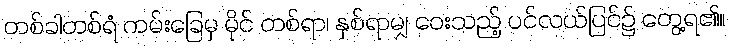
တစ်ခါတစ်ရံ ကမ်းခြေမှ မိုင် တစ်ရာ၊ နှစ်ရာမျှ ဝေးသည့် ပင်လယ်ပြင်၌ တွေ့ရ၏။